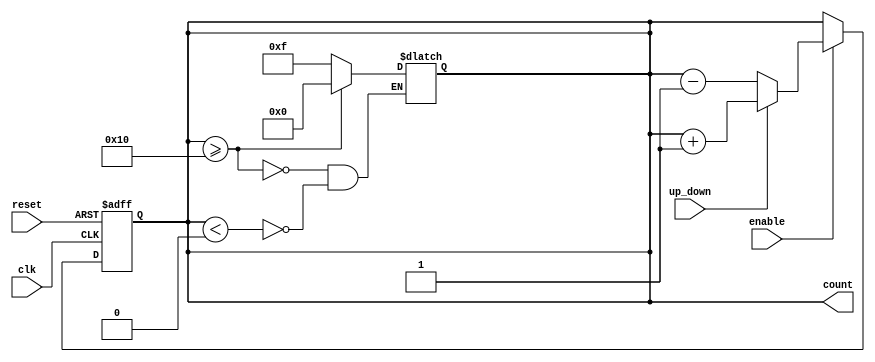
module ChainedParallelCounter #(
    parameter N = 4    // Number of bits (flip-flops) in the counter
)(
    input wire clk,        // Clock signal
    input wire reset,      // Asynchronous reset signal
    input wire enable,     // Enable signal
    input wire up_down,    // Counting direction: 1 for up, 0 for down
    output reg [N-1:0] count // Counter output
);

    // Asynchronous reset and counting on clock edge
    always @(posedge clk or posedge reset) begin
        if (reset) begin
            count <= 0; // Reset counter to 0
        end else if (enable) begin
            // Counting logic based on up_down signal
            if (up_down) begin
                // Count up
                count <= count + 1;
            end else begin
                // Count down
                count <= count - 1;
            end
        end
    end

    // Optional: Handle wrap-around (if needed)
    always @(count) begin
        if (count >= (1 << N)) begin
            count <= 0; // Wrap around when exceeding max count
        end else if (count < 0) begin
            count <= (1 << N) - 1; // Wrap around on underflow
        end
    end

endmodule